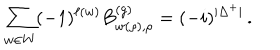
\sum _ { w \in W } ( - 1 ) ^ { \ell ( w ) } B _ { w ( \rho ) , \rho } ^ { ( g ) } = ( - i ) ^ { \vert \Delta ^ { + } \vert } \, .